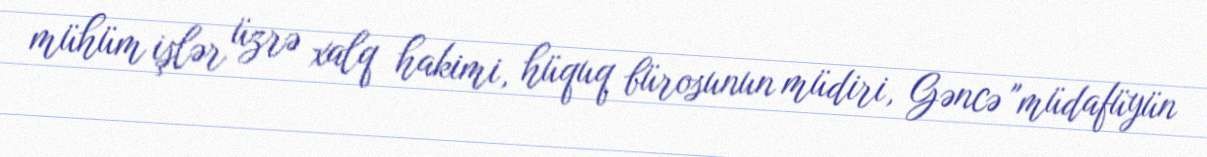
mühüm işlər üzrə xalq hakimi, hüquq bürosunun müdiri, Gəncə "müdafüyün